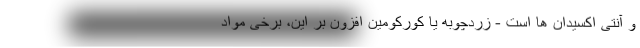
و آنتی اکسیدان ها است - زردچوبه یا کورکومین افزون بر این، برخی مواد